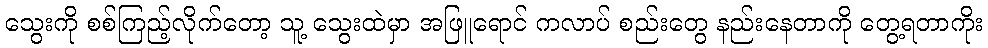
သွေးကို စစ်ကြည့်လိုက်တော့ သူ့ သွေးထဲမှာ အဖြူရောင် ကလာပ် စည်းတွေ နည်းနေတာကို တွေ့ရတာကိုး